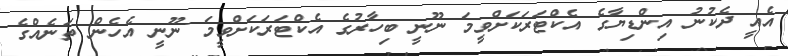
އެއީ ދެކުނު އިންޑިޔާގެ އެކްޓަރަކަށްވީމަ ނޫނީ ބިހާރުގެ އެކްޓަރަކަށްވީމަ ނޫނީ އެހެން ތަނެއްގެ